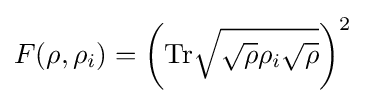
F(\rho ,\rho _{i})=\left({\text{Tr}}{\sqrt {{\sqrt {\rho }}\rho _{i}{\sqrt {\rho }}}}\right)^{2}